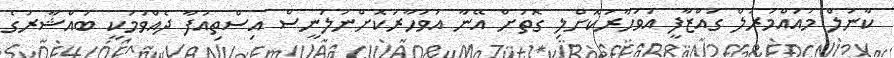
ކާނަލް މުއައްމަރުލް ގައްޒާފީ އަވަހާރަކޮށްލި ގޮތަށް އޭނާ އަވަހާރަކޮށްނުލަނީސް އިސްތިއުފާ ދެއްވުމަކީ ބައްޝާރުގެ